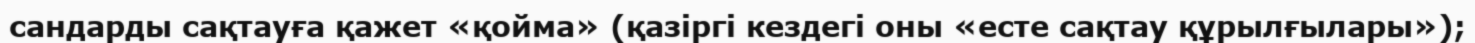
сандарды сақтауға қажет «қойма» (қазіргі кездегі оны «есте сақтау құрылғылары»);